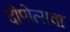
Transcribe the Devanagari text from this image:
दीपोत्सवा